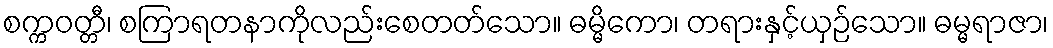
စက္ကဝတ္တီ၊ စကြာရတနာကိုလည်းစေတတ်သော။ ဓမ္မိကော၊ တရားနှင့်ယှဉ်သော။ ဓမ္မရာဇာ၊